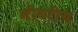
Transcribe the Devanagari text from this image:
मीटरीय